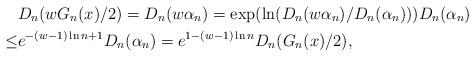
LaTeX: \begin{align*}&D_n(wG_n(x)/2)=D_n(w\alpha_n)=\exp(\ln (D_n(w\alpha_n)/D_n(\alpha_n)))D_n(\alpha_n)\\ \leq& e^{-(w-1)\ln n+1}D_n(\alpha_n)=e^{1-(w-1)\ln n}D_n(G_n(x)/2),\end{align*}